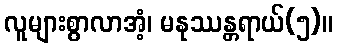
လူများစွာလာအံ့၊ မနုဿန္တရာယ်(၅)။